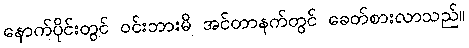
နောက်ပိုင်းတွင် ဝင်းဘားမိ အင်တာနက်တွင် ခေတ်စားလာသည်။